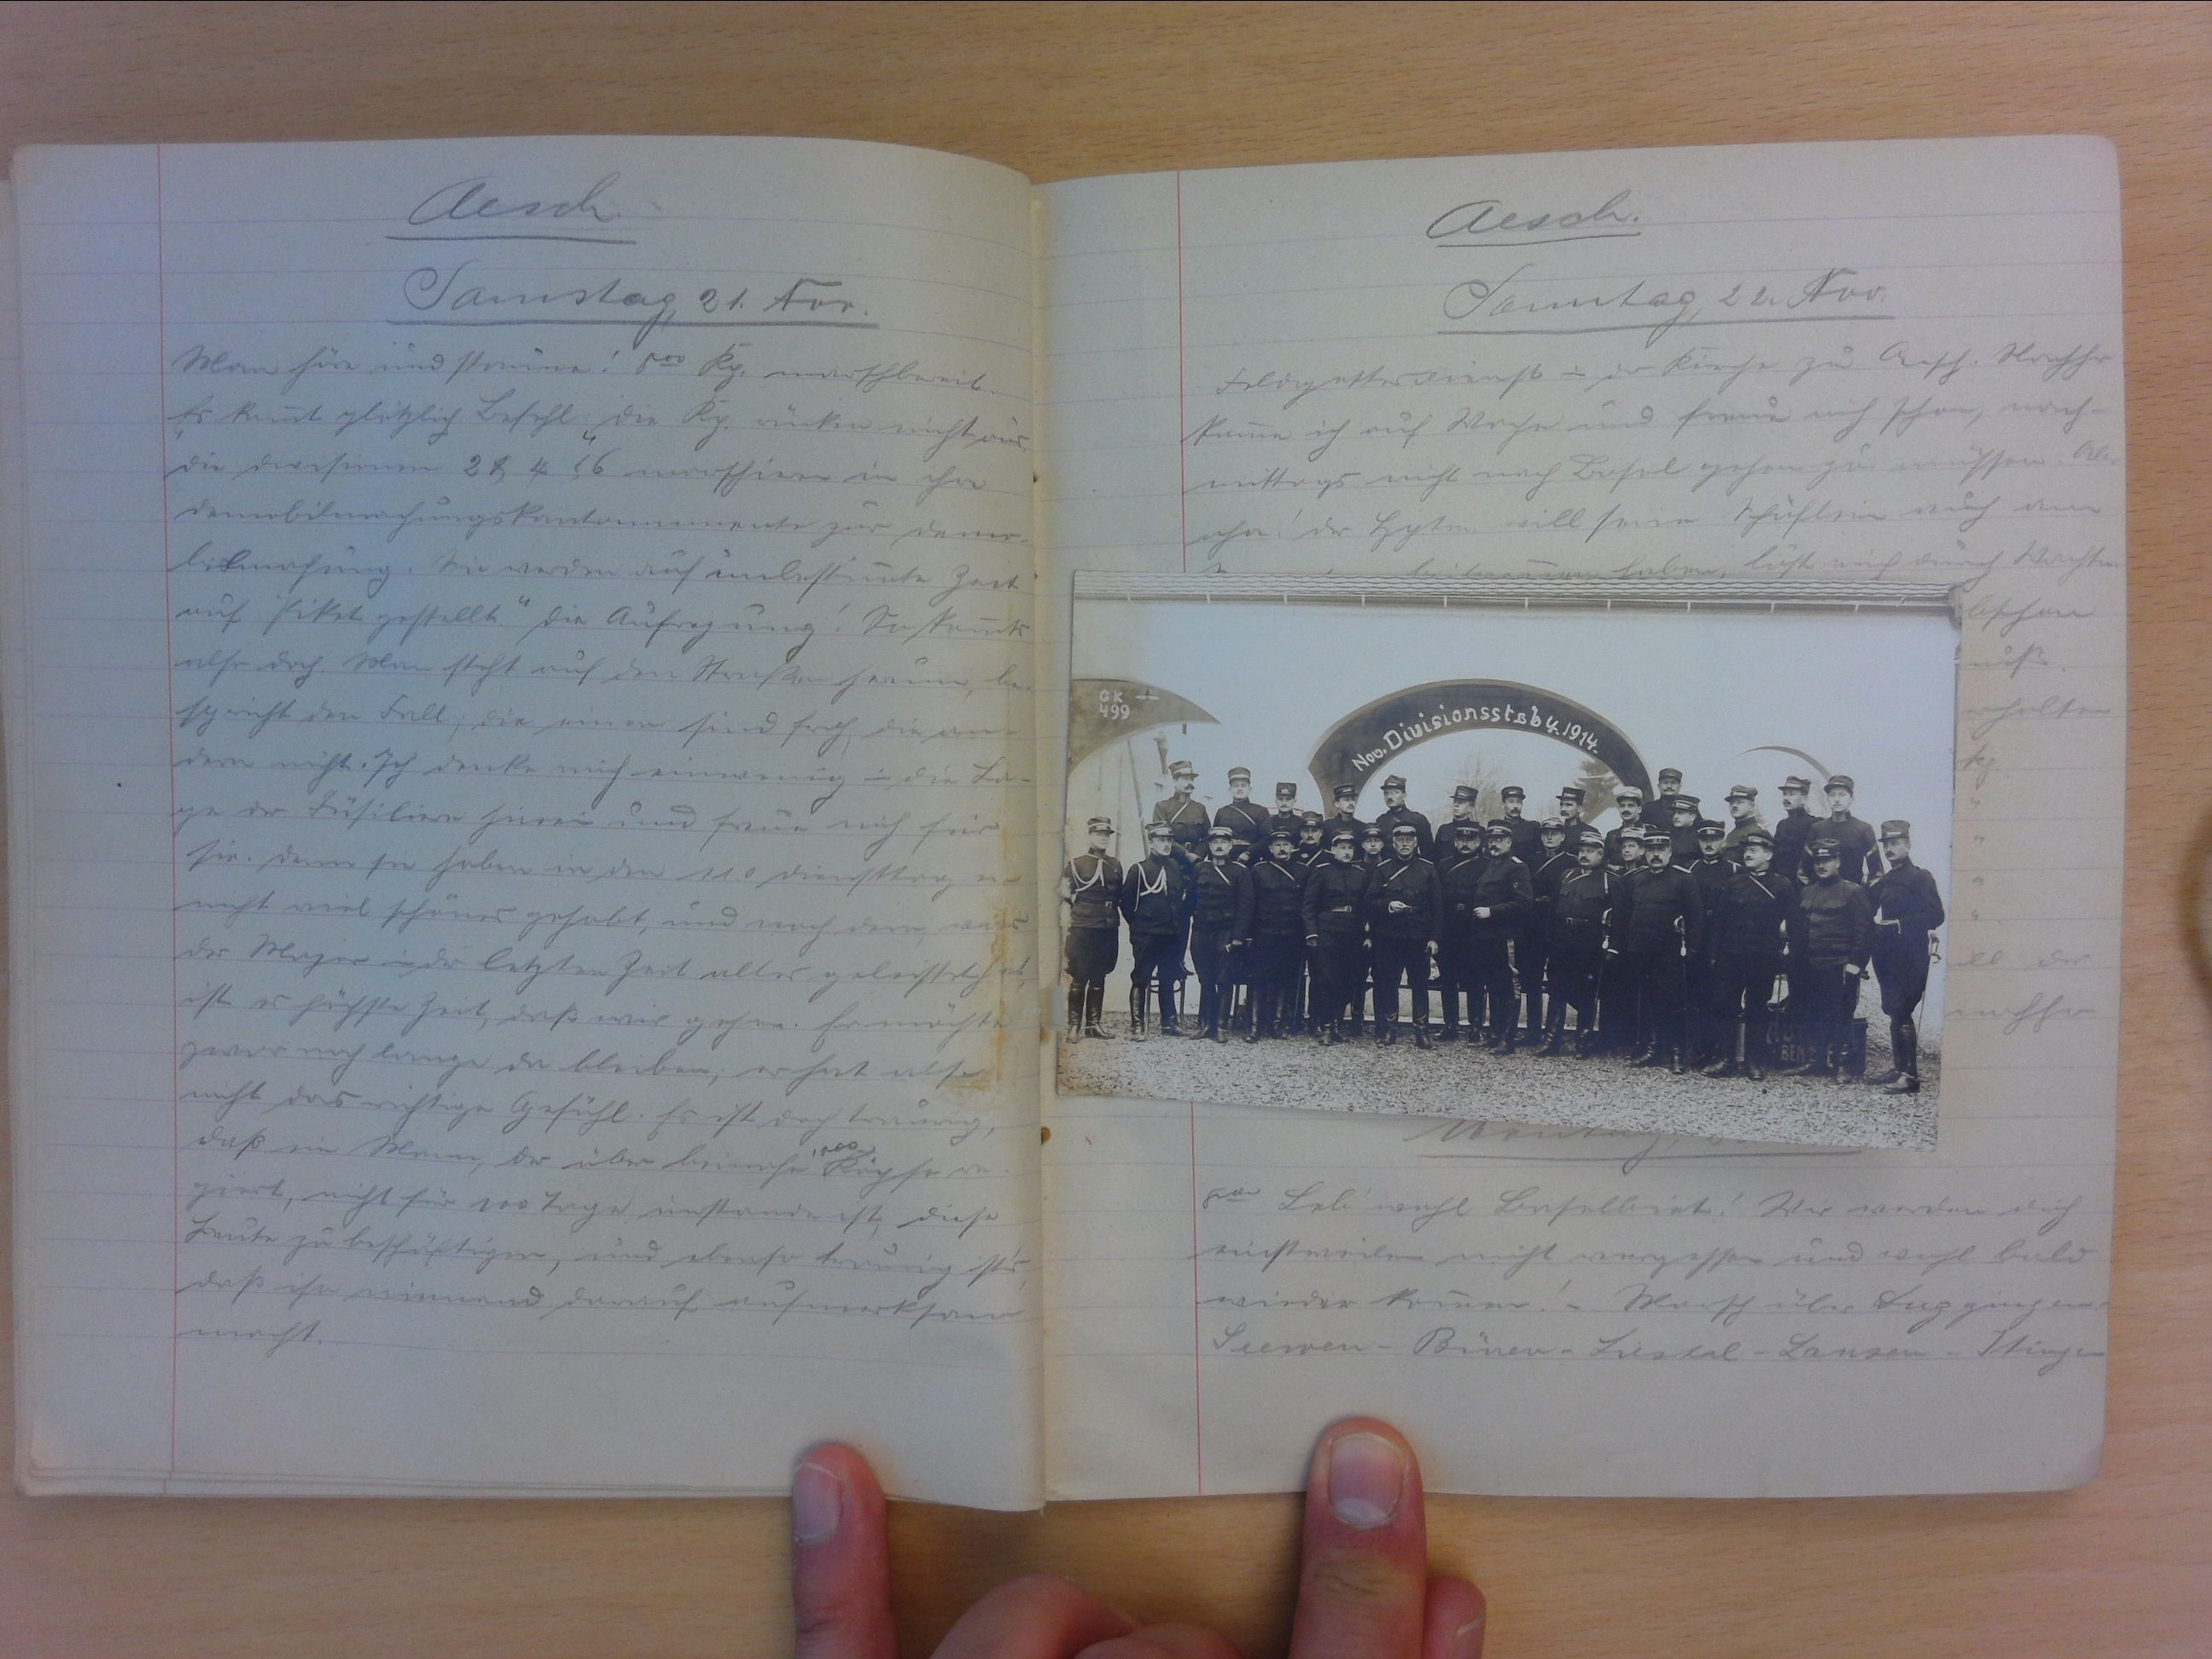
Aesch
Samstag 21. Nov.
Man höre und stanne! 800 Kp. marschbereit.
Er kommt glötzlich Befehl. Die Kp. unten nicht aus
die Divesirnen 8k.k 66 marschiren in ihre
dennbilmahungskankammmente zur Deier-
libnasung. Sie werden auf unbestimte hart
auf Piket gestellt. Die Aufregung. So kommts
alse doch Man steht auf den Strassen herim, bes
sp richt den Fall, die einen sind freh, die an
dem nicht Ich denke noch einwenug un die das
ze der Busiliere haren und freue nich für
sie. denn sie haben in den 210. Diensttag ei
nicht viel schones gehabt, und nach dem wi
der Magor in der letzten Zeit alles geleistelhe
ist es höchste Zeit, daß wir gehen. Er macht
zwar noch lange da bleiben; er haet alsor
nicht das richtige Gefühl. Es ist doch traunig,
daß ein Mann, der über beinahr
poo
Köpfe in
giert, nicht für 100 Tage unstande ist, diese
Leute zu beschäftigen, und ebenso traunig ists
daß ihn nimand darauf aufmerksam
macht.